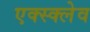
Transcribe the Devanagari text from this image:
एक्स्क्लेव